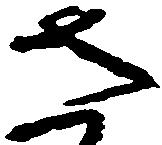
さ